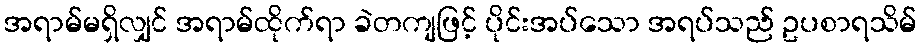
အရာမ်မရှိလျှင် အရာမ်ထိုက်ရာ ခဲတကျဖြင့် ပိုင်းအပ်သော အရပ်သည် ဥပစာရသိမ်